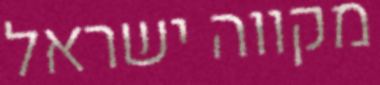
מקווה ישראל